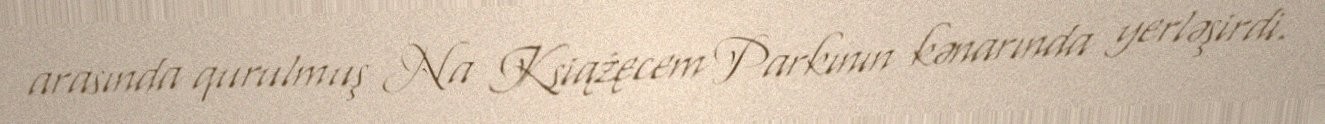
arasında qurulmuş Na Książęcem Parkının kənarında yerləşirdi.